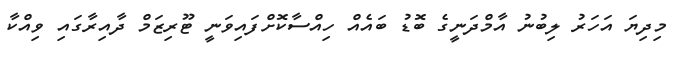
މިދިޔަ އަހަރު ލިބުނު އާމްދަނީގެ ބޮޑު ބައެއް ހިއްސާކޮށްފައިވަނީ ޓޫރިޒަމް ދާއިރާގައި ވިއްކާ